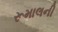
રૂમાલની